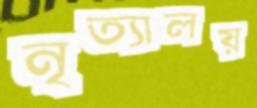
নৃত্যালয়